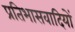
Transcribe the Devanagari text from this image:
प्रतिभासवादियों